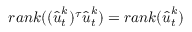
r a n k ( ( \hat { \boldsymbol { u } } _ { t } ^ { k } ) ^ { \tau } \hat { \boldsymbol { u } } _ { t } ^ { k } ) = r a n k ( \hat { \boldsymbol { u } } _ { t } ^ { k } )